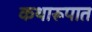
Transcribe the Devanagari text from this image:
कथारूपात